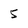
Character: 5